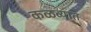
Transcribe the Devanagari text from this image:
कळव्यात